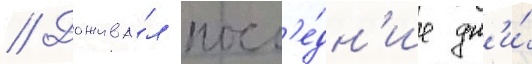
// Дожива́л посл'е́дн'ие дн'и́